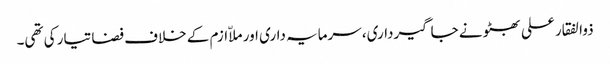
ذوالفقار علی بھٹو نے جاگیرداری، سرمایہ داری اور ملاّ ازم کے خلاف فضا تیار کی تھی۔